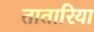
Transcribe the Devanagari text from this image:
तातारिया